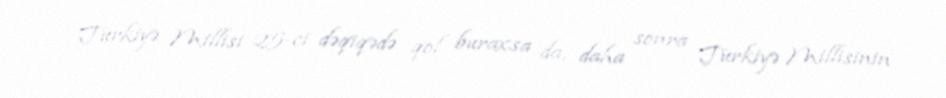
Türkiyə Millisi 25-ci dəqiqədə qol buraxsa da, daha sonra Türkiyə Millisinin